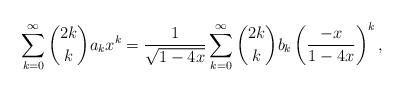
LaTeX: \begin{align*}\sum_{k=0}^{\infty}\binom{2k}{k} a_k x^k=\frac{1}{\sqrt{1-4x}}\sum_{k=0}^{\infty}\binom{2k}{k}b_k \left(\frac{-x}{1-4x}\right)^k,\end{align*}